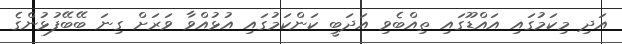
އަދި މިކަމުގައި އައްޑޫގައި ތިއްބެވި އަދަބީ ކަންކަމުގައި އުޅުއްވާ ވަރަށް ގިނަ ބޭބޭފުޅުންގެ